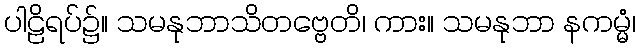
ပါဠိရပ်၌။ သမနုဘာသိတဗ္ဗေတိ၊ ကား။ သမနုဘာ နကမ္မံ၊